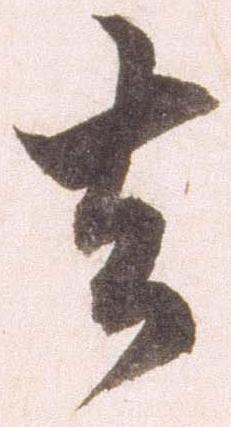
去